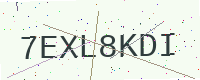
Text: 7EXL8KDI